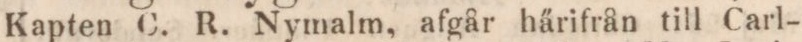
Kapten C. R. Nymalm, afgår härifrån till Carl-